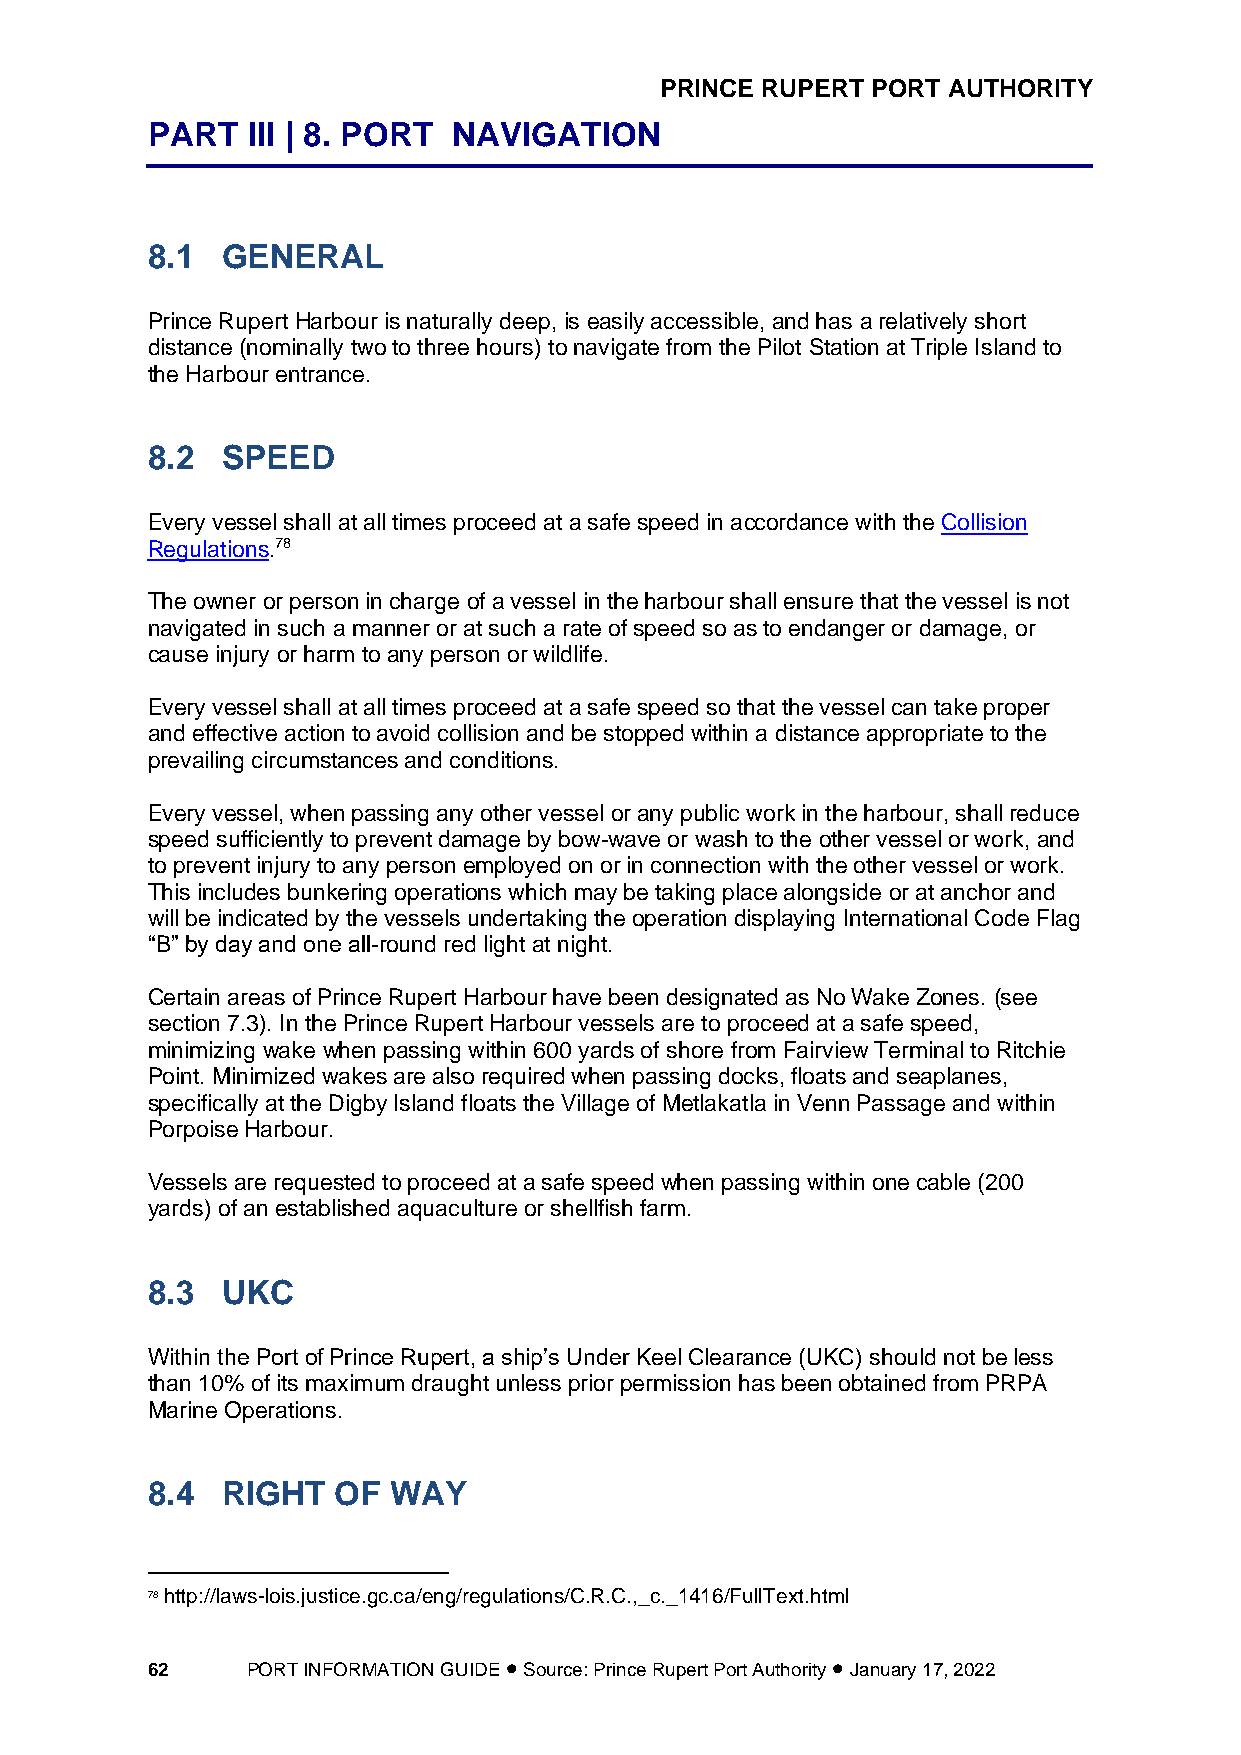
PRINCE RUPERT PORT AUTHORITY
 PART  III | 8. PORT NAVIGATION
 8.1  GENERAL
 Prince Rupert Harbour is naturally deep, is easily accessible, and has a relatively short
 distance (nominally two to three hours) to navigate from the Pilot Station at Triple Island to
 the Harbour entrance.
 8.2  SPEED
 Every vessel shall at all times proceed at a safe speed in accordance with the Collision
 Regulations.78
 The owner or person in charge of a vessel in the harbour shall ensure that the vessel is not
 navigated in such a manner or at such a rate of speed so as to endanger or damage, or
 cause injury or harm to any person or wildlife.
 Every vessel shall at all times proceed at a safe speed so that the vessel can take proper
 and effective action to avoid collision and be stopped within a distance appropriate to the
 prevailing circumstances and conditions.
 Every vessel, when passing any other vessel or any public work in the harbour, shall reduce
 speed sufficiently to prevent damage by bow-wave or wash to the other vessel or work, and
 to prevent injury to any person employed on or in connection with the other vessel or work.
 This includes bunkering operations which may be taking place alongside or at anchor and
 will be indicated by the vessels undertaking the operation displaying International Code Flag
 “B” by day and one all-round red light at night.
 Certain areas of Prince Rupert Harbour have been designated as No Wake Zones. (see
 section 7.3). In the Prince Rupert Harbour vessels are to proceed at a safe speed,
 minimizing wake when passing within 600 yards of shore from Fairview Terminal to Ritchie
 Point. Minimized wakes are also required when passing docks, floats and seaplanes,
 specifically at the Digby Island floats the Village of Metlakatla in Venn Passage and within
 Porpoise Harbour.
 Vessels are requested to proceed at a safe speed when passing within one cable (200
 yards) of an established aquaculture or shellfish farm.
 8.3  UKC
 Within the Port of Prince Rupert, a ship’s Under Keel Clearance (UKC) should not be less
 than 10% of its maximum draught unless prior permission has been obtained from PRPA
 Marine Operations.
 8.4  RIGHT  OF  WAY
 78 http://laws-lois.justice.gc.ca/eng/regulations/C.R.C.,_c._1416/FullText.html
 62    PORT INFORMATION GUIDE • Source: Prince Rupert Port Authority • January 17, 2022